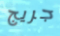
جريج